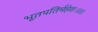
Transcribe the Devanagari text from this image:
भूतपतिर्महेशः।।।।